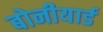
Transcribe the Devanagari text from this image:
बोनीयार्ड